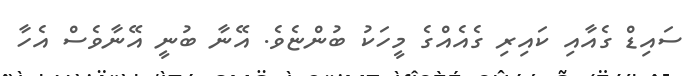
ސައިޑް ގެއާއި ކައިރި ގެއެއްގެ މީހަކު ބުންޏެވެ. އޭނާ ބުނީ އޭނާވެސް އެހާ